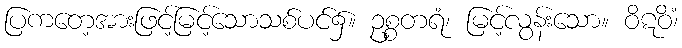
ပြကတေ့အားဖြင့်မြင့်သောသစ်ပင်၌။ ဥစ္စတရံ၊ မြင့်လွန်းသော။ ဝိဋဝိံ၊